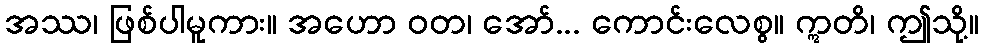
အဿ၊ ဖြစ်ပါမူကား။ အဟော ဝတ၊ အော်... ကောင်းလေစွ။ ဣတိ၊ ဤသို့။